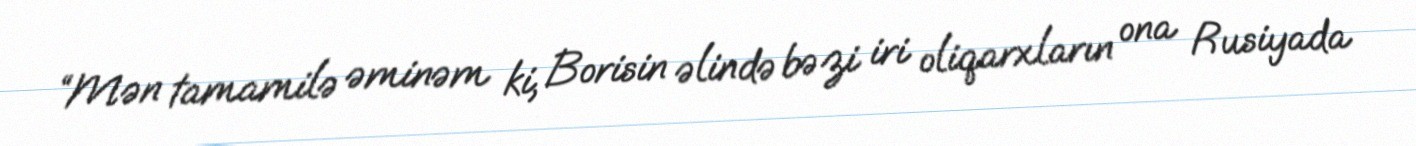
“Mən tamamilə əminəm ki, Borisin əlində bəzi iri oliqarxların ona Rusiyada